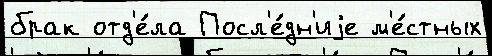
брак отд'е́ла Посл'е́дн'иjе м'е́стных